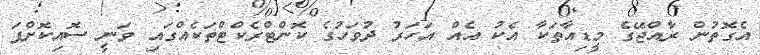
އެގޮތުން ރާއްޖޭގެ މީޑިއާތަކާ އެކު އެއް އަހަރު ދުވަހުގެ ކޮންޓްރެކްޓްތަކެއްގައި ވަނީ ސޮއިކޮށްފަ